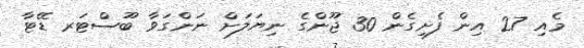
މެއި 27 އިން ފެށިގެން 30 ޖޫންގެ ނިޔަލަށް ނަންގަވާ ބޫސްޓަރ ޑޭޓާ